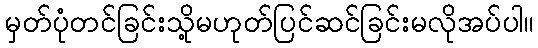
မှတ်ပုံတင်ခြင်းသို့မဟုတ်ပြင်ဆင်ခြင်းမလိုအပ်ပါ။